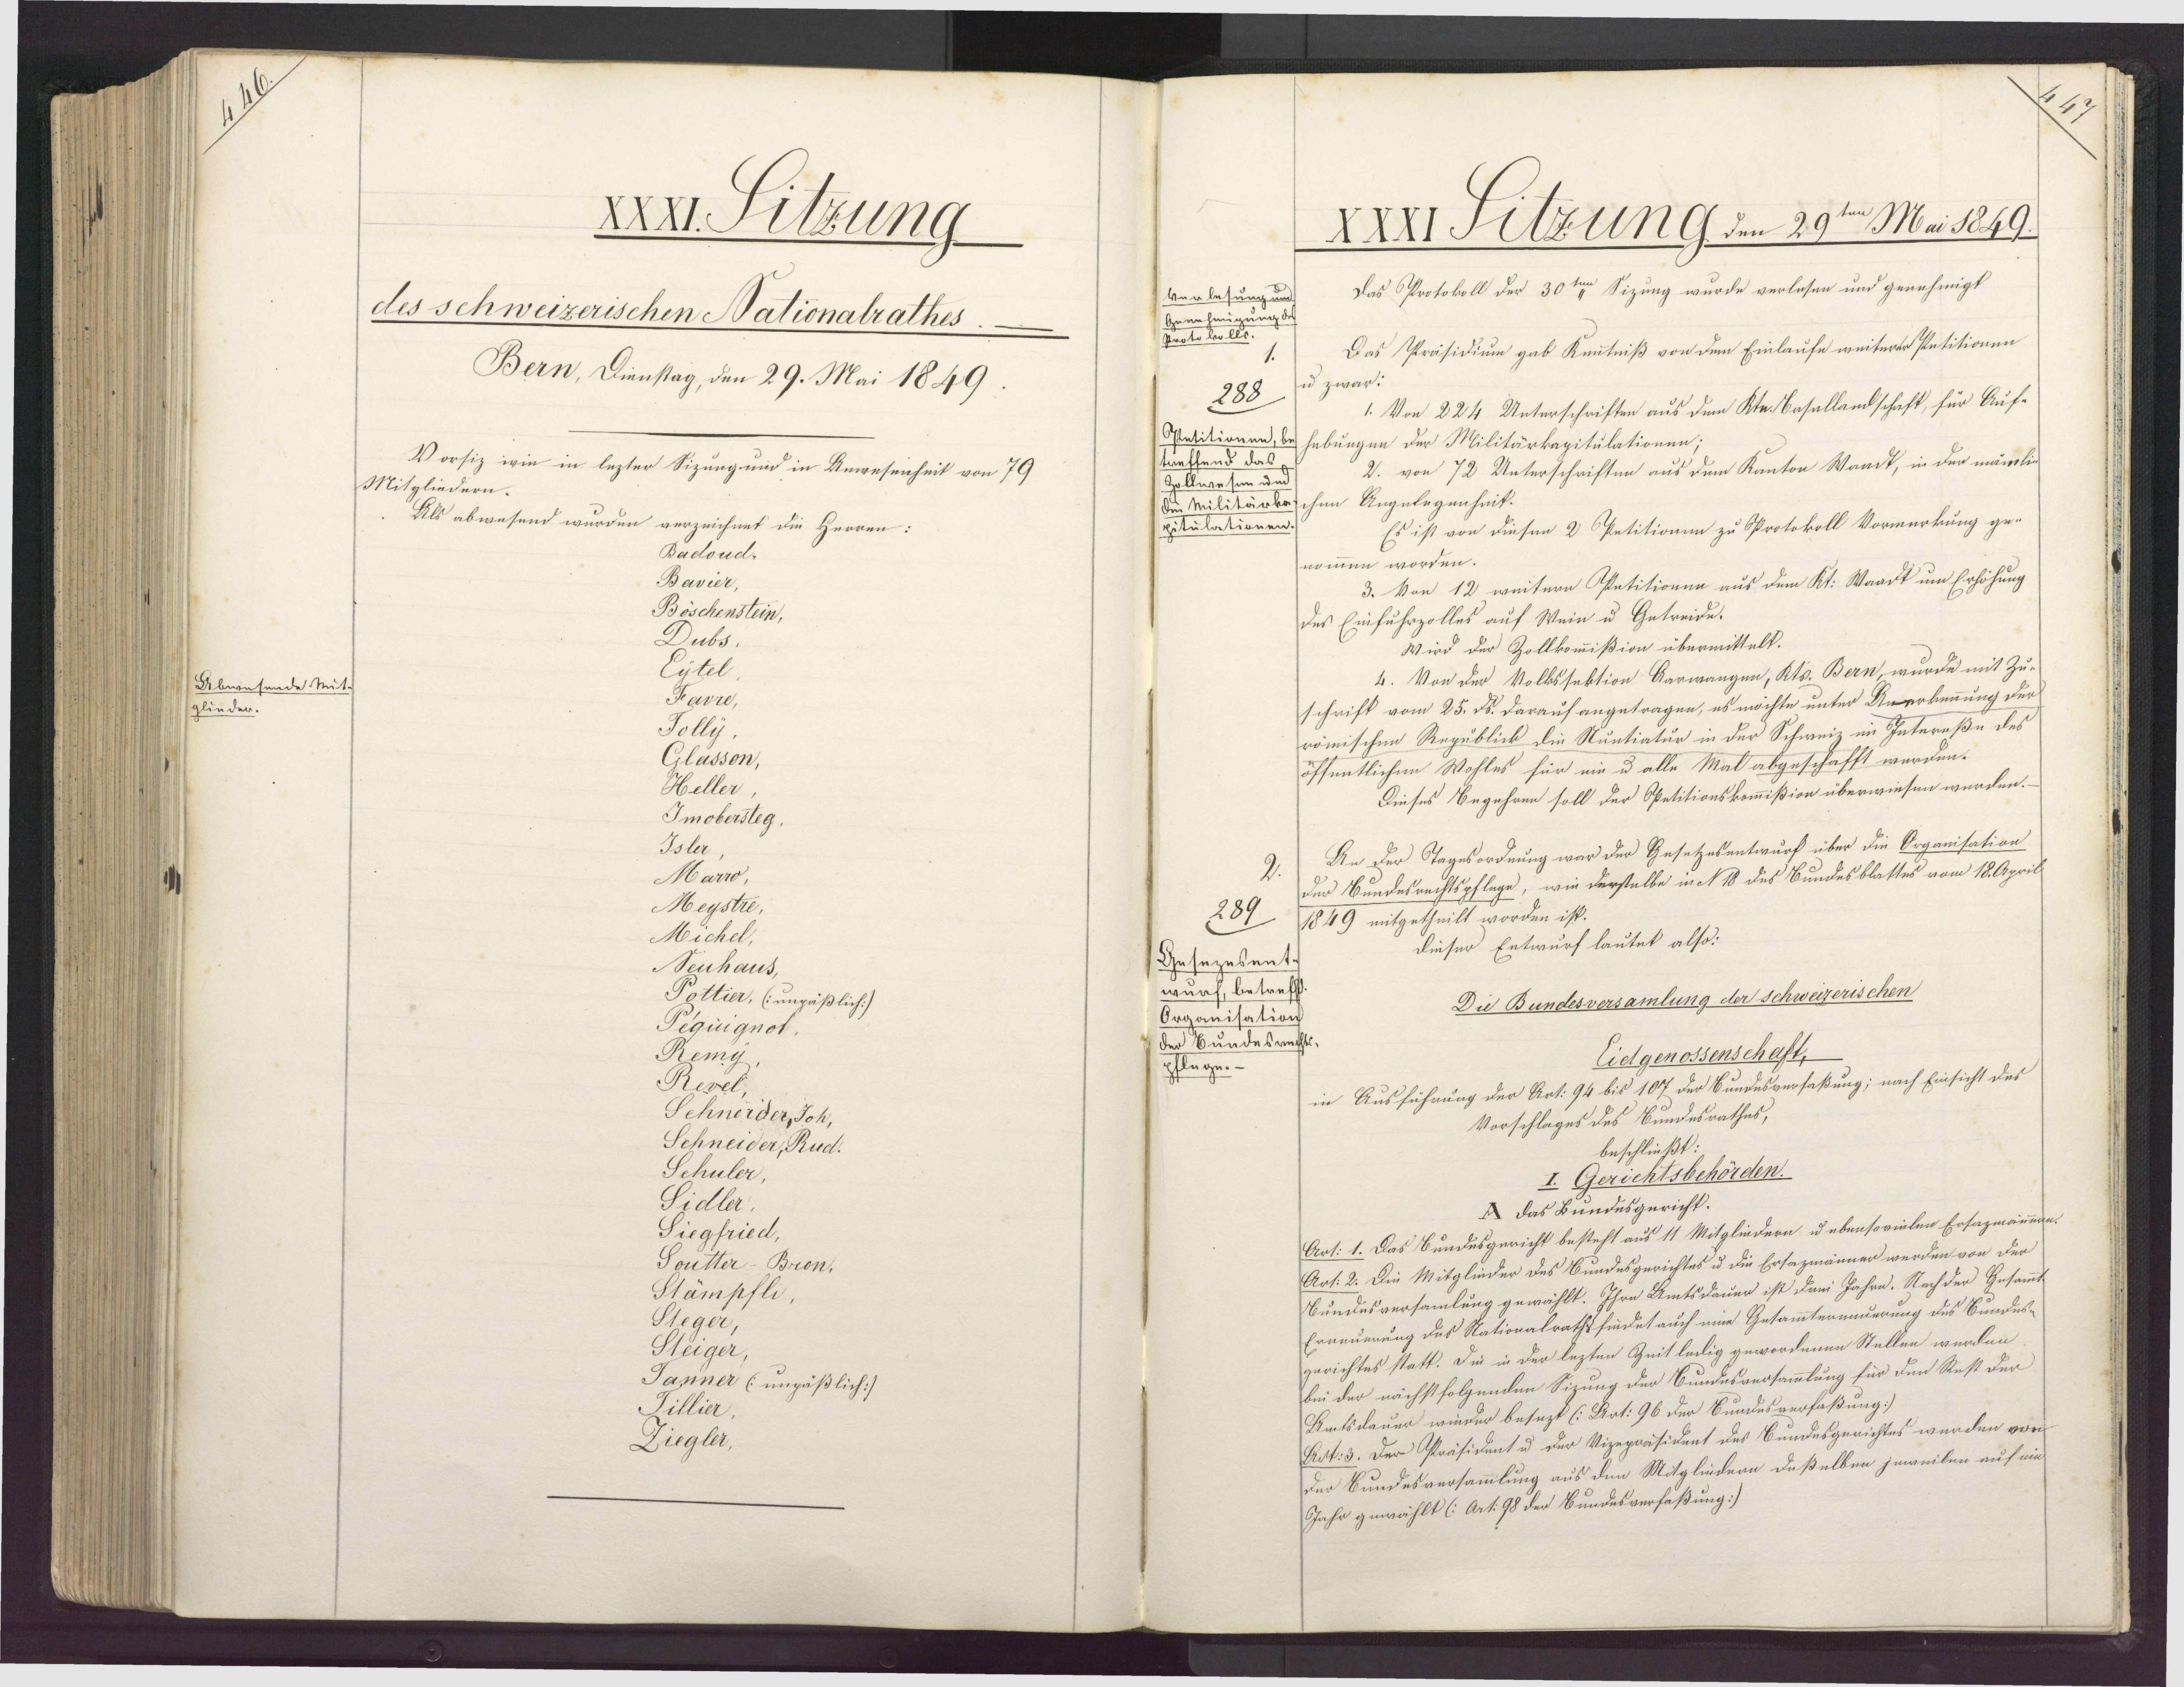
Aebwesende Mit.
glinder.

XXXI. Silzung
des schweizerischen Nationalrathes
Bern, Dienstag, den 29. Mai 1849.
Vorsiz wie in lezter Sizung und in Anwesenheit von 79
Mitgliedern.
Als abwesend wurden verzeichnet die Herren:
Badoud¬
Bavier,
Böschenstein,
Dubs.
Eytel
Favre,
Tolly
Glasson,
Heller
Imobersteg
Isler
Marro
Meystre,
Michel,
Deuhaus,
Pottier, (ungäßlich:)
Pégiignot.
Remy
Revel,
Schneider, Joh,
Schneider, Rud.
Schuler
Sidler,
Siegfried,
PoutterBron.
Stämpfli,
Steger,
Steiger,
Janner (ungäßlich]
Tillier
Ziegler,

XXXI Selzung den 29ten Mai 1849.
Das Protokoll der 30ten Sizung wurde verlesen und genehmigt
Verlesungun
Genehmigung de
Proto volle.
u zwar:
288
1. Von 224 Unterschriften aus dem Kte. Basallandschaft, für Auf-
Opetitionen, behebungen der Militärkapitulationen
treffend das,
2. von 72 Unterschriften aus dem Kanton Waadt, in der mänk
Zollwesen um
Die Militärkaschen Angelegenheit.
hitulationen
Es ist von diesen 2 Petitionim zu Protokoll Vormerkung ge¬
nommen worden.
3. Von 12 weitern Petitionen aus dem Kt. Waadt um Erhöhung
des Einfuhrzolles auf Wein u Getreide.
Wird der Zollkommißion übermittelt.
4. Von der Volkssektion Karwangen, Kts. Bern, wurde mit Zu¬
schrift vom 25. d. darauf angetragen, es möchte unter Unerkennung der
römischen Regublick die Stuntiatur in der Schweiz im Intereße des
öffentlichen Wohles für nin u alle Mal abgeschafft werden.
Dieses Begehren soll der Spetitionskommißion überwiesen werden.–
An der Tagesordnung war der Gesetzesentwurf über die Organisation
der Bundesrechtspflege, wie derselbe in N 18 des Bundesblattes vom 18. April
289
1849 mitgetheilt worden ist.
dieser Entwurf lautet also:
Gesezesent
wurf, betreff
Die Bundesversamlung der schweizerischen
Organisation
der Bundesrechts.
Eielgenossenschaft,
pflege.
in Ausführung der Art: 94 bis 107 der Bundesverfaßung; nach Einsicht des
Vorschlages des Bundesrathes,
beschließt:
I. Gerichtsbehörden.
X das Bundesgericht.
Art: 1. Das Bundesgericht besteht aus 11 Mitgliedern u ebensovielen Ersagmännen.
Art: 2. Die Mitglieder des Bundesgerichtes u die Ersazmänner werden von der
Bundesversamlung gewählt. Ihre Amtsdauer ist drei Jahre. Nach der Gesammt
Erneuerung des Nationalrathsfindet auch eine Getammternauerung des Bundes¬
gerichtes statt. Die in der lezten Zeitledig gewordenen Stellen werden
bei der nächstfolgenden Sizung der Bundesversammlung für den Rest der
Amtsdauer wieder besezt (:Art: 96 der Bundesverfaßung:)
Art: 3. Der Präsident u der Vizepräsident des Bundesgerichtes werden von
der Bundesversammlung aus den Mitgliedern deßelben jeweilen auf mit
Jahr guwählt (:Art: 98 der Bundesverfaßung:)